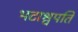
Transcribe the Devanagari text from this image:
भटाश्वपति